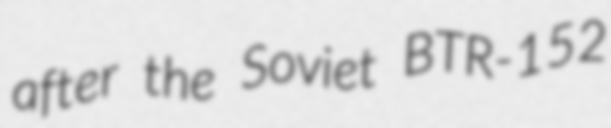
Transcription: after the Soviet BTR-152